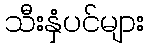
သီးနှံပင်များ